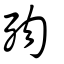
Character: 歾